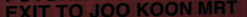
EXIT TO JOO KOON MRT